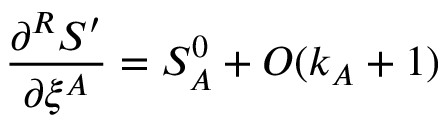
\frac { \partial ^ { R } { \cal S } ^ { \prime } } { \partial \xi ^ { A } } = S _ { A } ^ { 0 } + O ( k _ { A } + 1 )